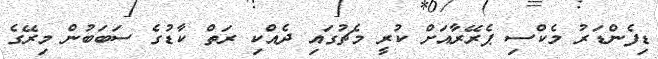
ޑިފެންޑަރު މެކްސި ޕެރޭރާއަށް ކުރީ މެޗުގައި ދެއްކި ރަތް ކާޑުގެ ސަަބަބުން މިރޭގެ